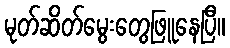
မုတ်ဆိတ်မွေးတွေဖြူနေပြီ။